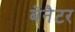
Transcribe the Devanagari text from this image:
बेनैटर